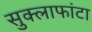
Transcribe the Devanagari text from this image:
सुक्लाफांटा